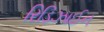
રિડિઝાઈન